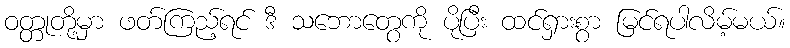
ဝတ္တုတို့မှာ ဖတ်ကြည့်ရင် ဒီ သဘောတွေကို ပိုပြီး ထင်ရှားစွာ မြင်ရပါလိမ့်မယ်။